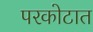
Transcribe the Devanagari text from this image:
परकोटात